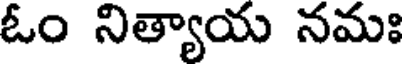
ఓం నిత్యాయ నమః